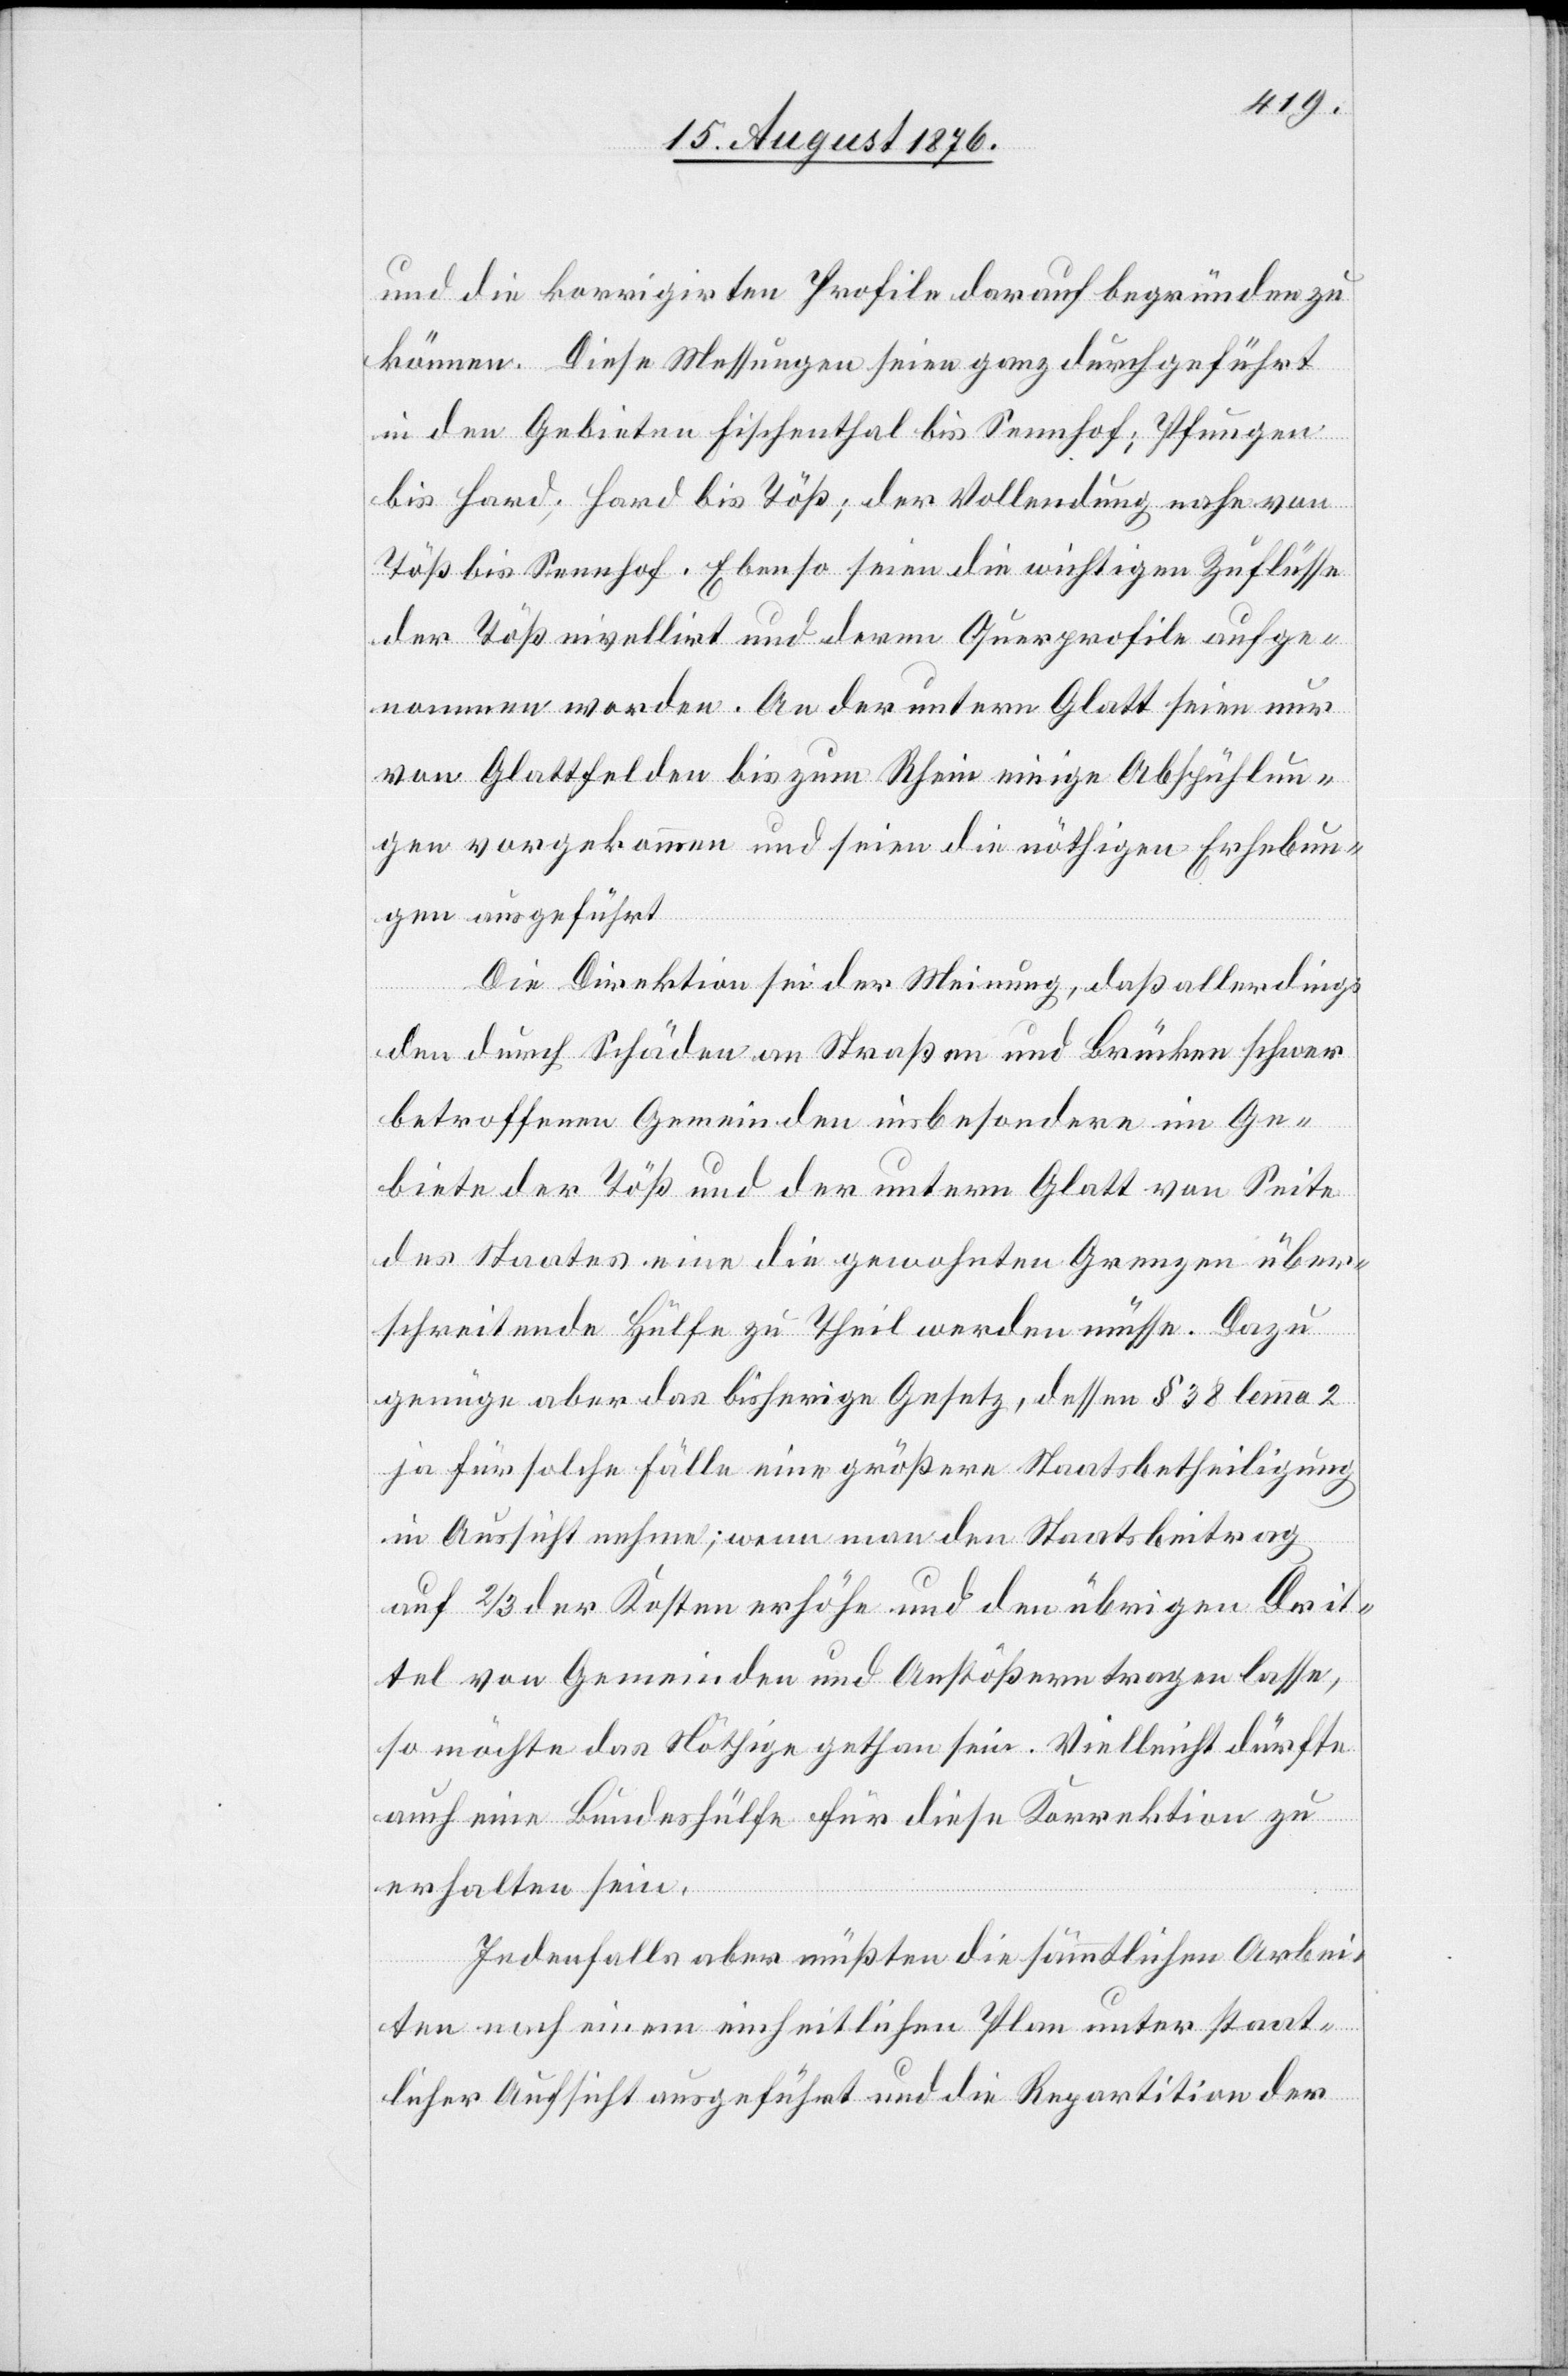
und die korrigirten Profile darauf begründen zu
können. Diese Messungen seien ganz durchgeführt
in den Gebieten Fischenthal bis Sennhof; Pfungen
bis Hard; Hard bis Töß; der Vollendung nahe von
Töß bis Sennhof. Ebenso seien die wichtigen Zuflüsse
der Töß nivellirt und deren Querprofile aufge¬
nommen worden. An der untern Glatt seien nur
von Glattfelden bis zum Rhein einige Abspühlun¬
gen vorgekommen und seien die nöthigen Erhebun¬
gen ausgeführt.
Die Direktion sei der Meinung, daß allerdings
den durch Schäden an Straßen und Brücken schwer
betroffenen Gemeinden insbesondere im Ge¬
biete der Töß und der untern Glatt von Seite
des Staates eine die gewohnten Grenzen über¬
schreitende Hülfe zu Theil werden müsse. Dazu
genüge aber das bisherige Gesetz, dessen § 38 lemma 2
ja für solche Fälle eine größere Staatsbetheiligung
in Aussicht nehme; wenn man den Staatsbeitrag
auf 2/3 der Kosten erhöhe und den übrigen Drit¬
tel von Gemeinden und Anstößern tragen lasse,
so möchte das Nöthige gethan sein. Vielleicht dürfte
auch eine Bundeshülfe für diese Korrektion zu
erhalten sein.
Jedenfalls aber müßten die sämmtlichen Arbei¬
ten nach einem einheitlichen Plan unter staat¬
licher Aufsicht ausgeführt und die Repartition der